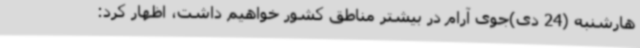
هارشنبه (24 دی)جوی آرام در بیشتر مناطق کشور خواهیم داشت، اظهار کرد: